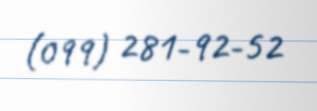
(099) 281-92-52